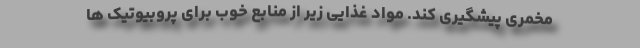
مخمری پیشگیری کند. مواد غذایی زیر از منابع خوب برای پروبیوتیک ها